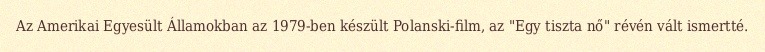
Az Amerikai Egyesült Államokban az 1979-ben készült Polanski-film, az "Egy tiszta nő" révén vált ismertté.